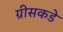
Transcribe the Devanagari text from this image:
ग्रीसकडे